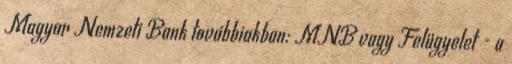
Magyar Nemzeti Bank továbbiakban: MNB vagy Felügyelet - a